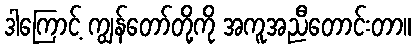
ဒါကြောင့် ကျွန်တော်တို့ကို အကူအညီတောင်းတာ။